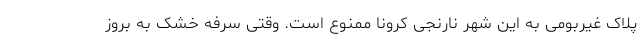
پلاک غیربومی به این شهر نارنجی کرونا ممنوع است. وقتی سرفه خشک به بروز